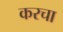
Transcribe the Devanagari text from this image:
करचा